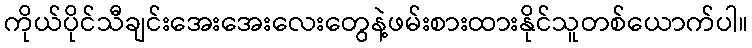
ကိုယ်ပိုင်သီချင်းအေးအေးလေးတွေနဲ့ဖမ်းစားထားနိုင်သူတစ်ယောက်ပါ။